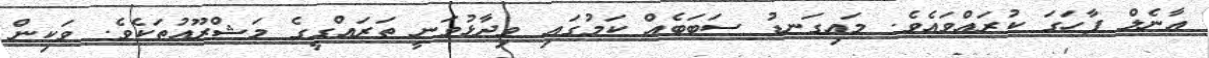
އާނެލް ފާހަގަ ކުރައްވައެވެ. މައިގަނޑު ސަބަބެއް ކަމުގައި ވިދާޅުވަނީ ތަރައްގީގެ މަޝްރޫއުތަކެވެ. ވަކިން